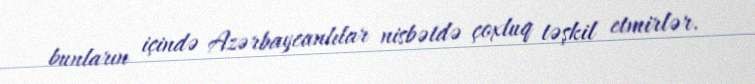
bunların içində Azərbaycanlılar nisbətdə çoxluq təşkil etmirlər.